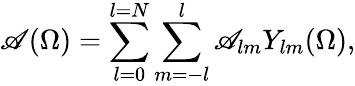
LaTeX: \mathscr{A}(\Omega)=\sum_{l=0}^{l=N}\sum_{m=-l}^{l}\mathscr{A}_{lm}Y_{lm}(\Omega),